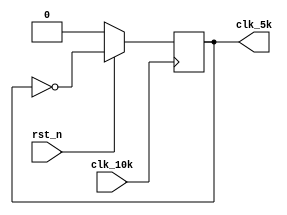
// clk_5k.v
module clk_5k(
                  clk_10k,     
                  //clk_sys,//
                  rst_n,
                  clk_5k     //
                 );

input clk_10k;
//input clk_sys;
input rst_n;
output clk_5k;

reg clk_5k;
/*
reg clk_10k_reg1;
reg clk_10k_reg2;
wire clk_10k_en;
*/
/*
always @ (posedge clk_sys)
    begin
         if (rst_n == 1'b0)
             {clk_10k_reg1,clk_10k_reg2} <= 2'b0;
         else
             begin
                  clk_10k_reg1 <= clk_10k;
                  clk_10k_reg2 <= clk_10k_reg1;
             end
    end

assign clk_10k_en = clk_10k_reg1 & (~clk_10k_reg2);
*/
always @ (posedge clk_10k)
    begin
         if (rst_n == 1'b0)
             begin
                  clk_5k  <= 1'b0;
             end
         else
            begin
                clk_5k <= ~clk_5k;
            end
   end
endmodule